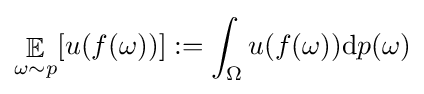
\mathop {\mathbb {E} } _{\omega \sim p}[u(f(\omega ))]:=\int _{\Omega }u(f(\omega )){\text{d}}p(\omega )